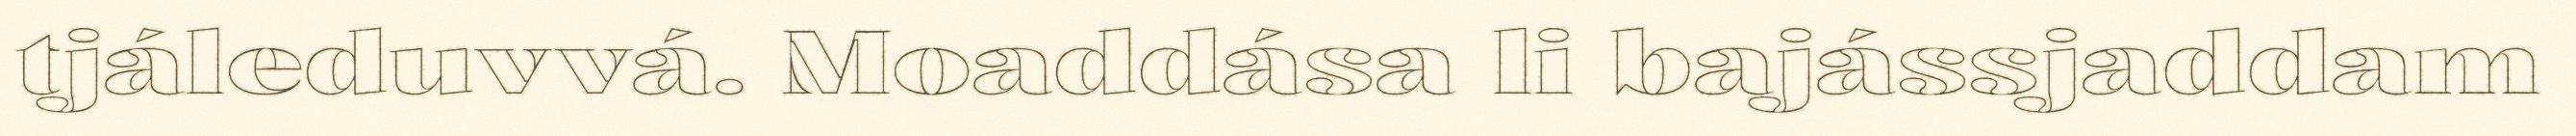
tjáleduvvá. Moaddása li bajássjaddam